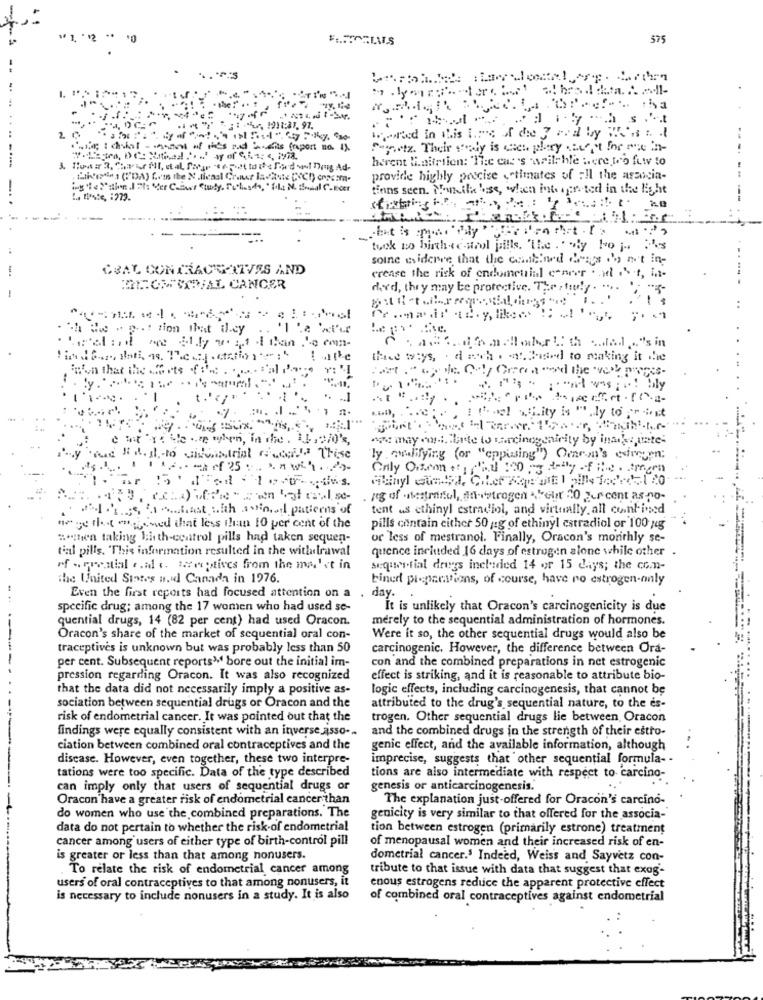
10
$75
TI'N ".J
-....
u. 1211:27. 97.
2
at this and his (aport no. 1)
unetz Their sely is cach play weit the one in-
herent Haltrtion: 'The cus's weilchle were to futv to
1
provide highly precise estimates of all the arancia-
-
tiens seen. Monika lose, when interpreted in the light
tuck no birth-cestrol pills, 'The .. "ly Ho j .. 2's
some evidence that the continued drugs do aut in-
CUAL CONTRACTENTVES AND
crease the risk of endometrial e-nevr . aast, in-
DEOMCOVAL CANCER
derd, they may be protective. The , truly . .... ", "-
ch de . p . tien that il.cy
three ways, . doch . at Paard to making it the
non that the waste ofi'm . con sal Pare
y .......------.
t.' { } "
1 fogl s".ity is ".ly to print
e Inte ere tybyen, in The. 11, 2/0's,
ly .qualifying (or "cppusing") Orem's esregen:
. reg of inestranul, st-strogen About 20 percent as po-
Je to dest with ational patterns of
tent as ethinyl estradiol, and virtually all contived
hoge thet wegomed that less than 10 per cent of the
pills contain cither 50 g:g of ethinyl estradiol or 100 ug
""then taking lith-control pills had taken sequen-
or less of mestranol. Finally, Oracon's monthly se-
tal pills. This information resulted in the withdrawal
quence included 16 days of estrogen alone while other .
rf - erential .. id .. wwwptives from the ma'ct in
sequential drugs included 14 or 15 days; the com-
the United States nud Canada in 1976.
biner preparations, of course, have no estrogen-only
Even the first reports had focused attention on a
day. .
specific drug; among the 17 women who had used se-
It is unlikely that Oracon's carcinogenicity is due
quential drugs, 14 (82 per cent) had used Oracon.
merely to the sequential administration of hormones.
Oracon's share of the market of sequential oral con-
Were it so, the other sequential drugs would also be
traceptives is unknown but was probably less than 50
carcinogenic. However, the difference between Ora-
per cent. Subsequent reports» bore out the initial im-
con and the combined preparations in net estrogenic
pression regarding Oracon. It was also recognized
effect is striking, and it is reasonable to attribute bio-
that the data did not necessarily imply a positive as-
logic effects, including carcinogenesis, that cannot be
sociation between sequential drugs or Oracon and the
attributed to the drug's sequential nature, to the es-
risk of endometrial cancer. It was pointed out that the
trogen. Other sequential drugs lie between Oracon
findings were equally consistent with an inverse asso -..
and the combined drugs in the strength of their estro-
ciation between combined oral contraceptives and the
genic effect, and the available information, although
discase. However, even together, these two interpre-
imprecise, suggests that other sequential formula --
tations were too specific. Data of the type described
tions are also intermediate with respect to carcino-
can imply only that users of sequential drugs or
genesis or anticarcinogenesis.
Oracon have a greater risk of endometrial cancer than
The explanation just-offered for Oracon's carcino-
do women who use the combined preparations. The
genicity is very similar to that offered for the associa-
data do not pertain to whether the risk of endometrial
tion between estrogen (primarily estrone) treatment
cancer among users of either type of birth-control pill
of menopausal women and their increased risk of en-
is greater or less than that among nonusers.
dometrial cancer.5 Indeed, Weiss and Sayvetz con-
. To relate the risk of endometrial cancer among
tribute to that issue with data that suggest that exog-
users of oral contraceptives to that among nonusers, it
enous estrogens reduce the apparent protective effect
is necessary to include nonusers in a study. It is also
of combined oral contraceptives against endometrial